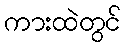
ကားထဲတွင်